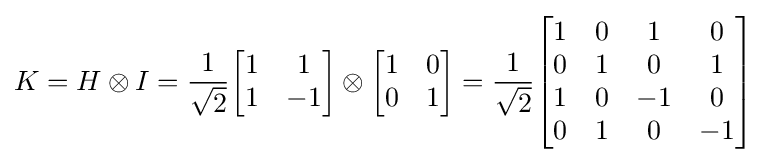
K=H\otimes I={\frac {1}{\sqrt {2}}}{\begin{bmatrix}1&1\\1&-1\end{bmatrix}}\otimes {\begin{bmatrix}1&0\\0&1\end{bmatrix}}={\frac {1}{\sqrt {2}}}{\begin{bmatrix}1&0&1&0\\0&1&0&1\\1&0&-1&0\\0&1&0&-1\end{bmatrix}}